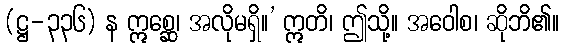
(ဋ္ဌ-၃၃၆) န ဣစ္ဆေ၊ အလိုမရှိ။’ ဣတိ၊ ဤသို့။ အဝေါစ၊ ဆိုဘိ၏။